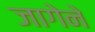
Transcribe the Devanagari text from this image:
जागेने